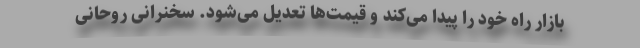
بازار راه خود را پیدا می‌کند و قیمت‌ها تعدیل می‌شود. سخنرانی روحانی